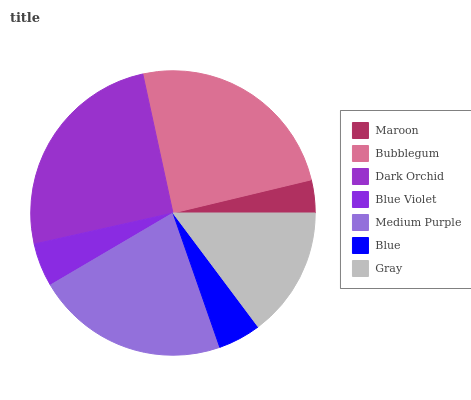
| Maroon | Bubblegum | Dark Orchid | Blue Violet | Medium Purple | Blue | Gray |
 | --- | --- | --- | --- | --- | --- | --- |
 | 3.74% | 24.7% | 25.1% | 4.97% | 21.8% | 4.89% | 14.8% |